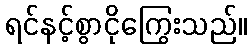
ရင်နင့်စွာငိုကြွေးသည်။